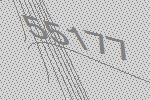
55177